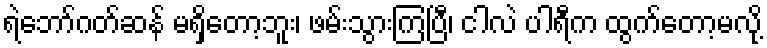
ရဲဘော်ဂတ်ဆန် မရှိတော့ဘူး၊ ဖမ်းသွားကြပြီ၊ ငါလဲ ပါရီက ထွက်တော့မလို့